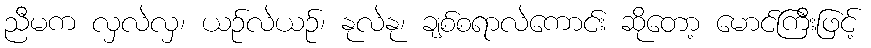
ညီမက လှလဲလှ၊ ယဉ်လဲယဉ်၊ နုလဲနု၊ ချစ်စရာလဲကောင်း ဆိုတော့ မောင်ကြီးဖြင့်